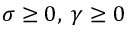
\sigma \geq 0 , \; \gamma \geq 0